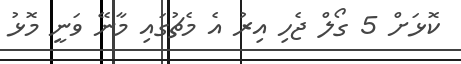
ކޮޅަށް 5 ގޯލް ޖެހި އިރު އެ މެޗުގައި މާނޭ ވަނީ މޮޅު